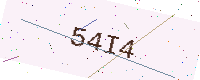
Text: 54I4